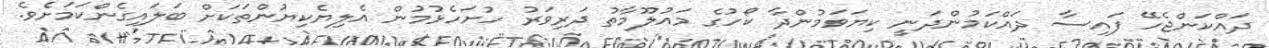
ދައްކަންޖެހޭ ފައިސާ ދައްކަމުންދަނީ ކިޔަވަމުންދާ ކޯހުގެ މައުލޫމާތު ދަރިވަރު ހުށަހެޅުމުން އެލިޔެކިޔުންތަކަށް ބަލައިގެންކަމަށެވެ.